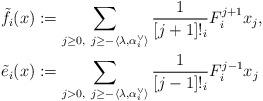
LaTeX: \begin{align*}\tilde{f}_i (x) &:= \sum_{j \geq 0, \ j \geq -\langle \lambda, \alpha_i^\vee \rangle} \frac{1}{[j+1]!_i}F_i^{j+1} x_j, \\\tilde{e}_i (x) &:= \sum_{j > 0, \ j \geq -\langle \lambda, \alpha_i^\vee \rangle} \frac{1}{[j-1]!_i}F_i^{j-1} x_j\end{align*}